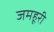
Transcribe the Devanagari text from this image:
जमहूरी